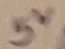
Text: 5V